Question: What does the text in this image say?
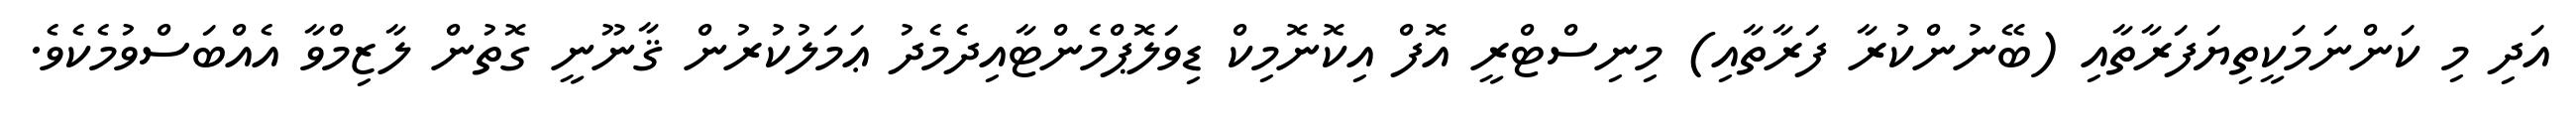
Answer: އަދި މި ކަންނަމަކީތިޔަފަރާތާއި (ބޭނުންކުރާ ފަރާތާއި) މިނިސްޓްރީ އޮފް އިކޮނޮމިކް ޑިވަލޮޕްމެންޓާއިދެމެދު ޢަމަލުކުރުން ޤާނޫނީ ގޮތުން ލާޒިމްވާ އެއްބަސްވުމެކެވެ.